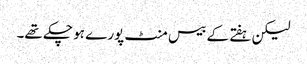
لیکن ہفتے کے بیس منٹ پورے ہو چکے تھے۔